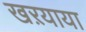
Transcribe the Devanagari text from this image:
खऱयाया